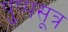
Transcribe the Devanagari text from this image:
पुष्पसूत्र